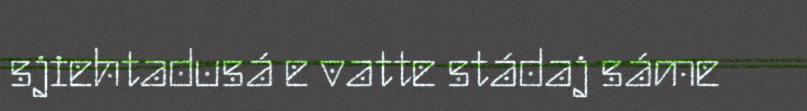
sjiehtadusá e vatte stádaj sáme